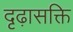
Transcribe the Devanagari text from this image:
दृढ़ासक्ति